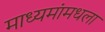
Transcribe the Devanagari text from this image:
माध्यमांमधला